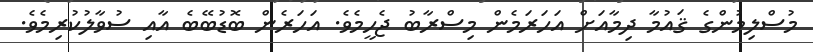
މުސްލިމުންގެ ޤައުމާ ދިމާއަށް އަހަރަމެން މިސްރާބު ޖެހީމެވެ. އަހަރެން ބޮޑުބޭބެ އާއި ސުވާލުކުރިމެވެ.